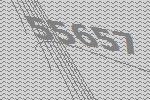
55657